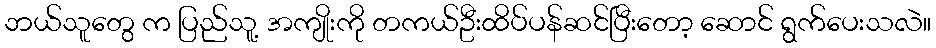
ဘယ်သူတွေ က ပြည်သူ့ အကျိုးကို တကယ်ဦးထိပ်ပန်ဆင်ပြီးတော့ ဆောင် ရွက်ပေးသလဲ။